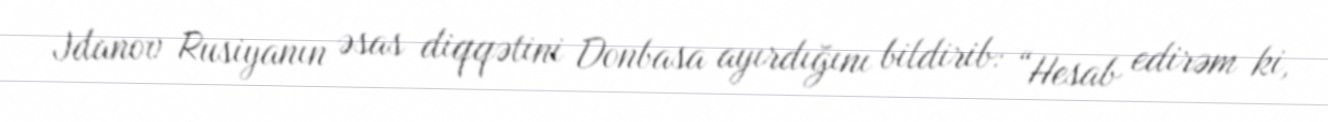
Jdanov Rusiyanın əsas diqqətini Donbasa ayırdığını bildirib: “Hesab edirəm ki,